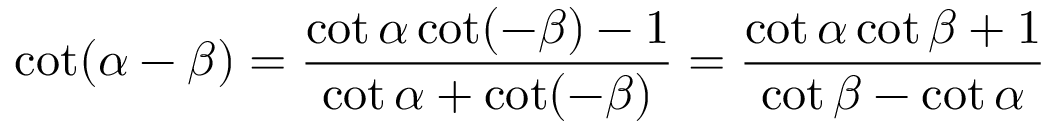
\cot ( \alpha - \beta ) = { \frac { \cot \alpha \cot ( - \beta ) - 1 } { \cot \alpha + \cot ( - \beta ) } } = { \frac { \cot \alpha \cot \beta + 1 } { \cot \beta - \cot \alpha } }